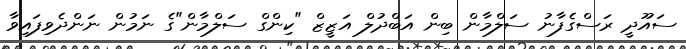
ސައޫދީ ރަސްގެފާނު ސަލްމާން ބިން އަބްދުލް އަޒީޒް "ކިންގް ސަލްމާން"ގެ ނަމުން ނަންދެވިފައިވާ